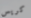
كريس